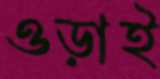
ওড়াই